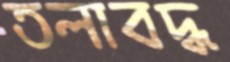
তলাবদ্ধ